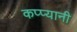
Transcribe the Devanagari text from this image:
कप्प्यानी